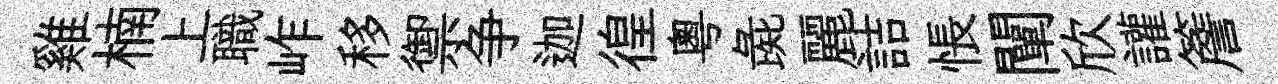
雞楠上職岞移禦争迦徨粵彘麗詰悵闡欣讙簷